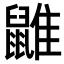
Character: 䶆